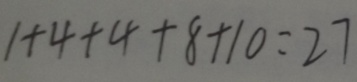
1 + 4 + 4 + 8 + 1 0 = 2 7